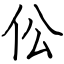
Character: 伀